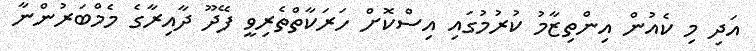
އަދި މި ކެއުން އިންތިޒާމު ކުރުމުގައި އިސްކޮށް ހަރަކާތްތެރިވީ ފޭދޫ ދާއިރާގެ މެމްބަރުންނާ